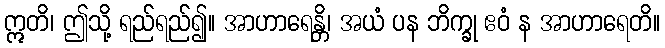
ဣတိ၊ ဤသို့ ရည်ရည်၍။ အာဟာရေန္တိ၊ အယံ ပန ဘိက္ခု ဧဝံ န အာဟာရေတိ။